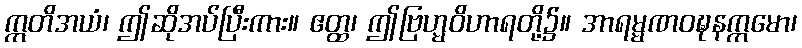
ဣတိအယံ၊ ဤဆိုအပ်ပြီးကား။ ဧတ္ထ၊ ဤဗြဟ္မဝိဟာရတို့၌။ အာရမ္မဏဝဍ္ဎနက္ကမော၊